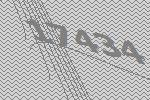
17434